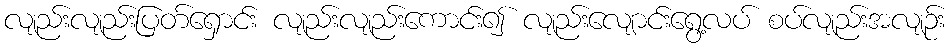
လျည်းလျည်းပြတ်ရှောင်း လျည်းလျည်းကောင်း၍ လျည်းလျောင်းရွေ့လပ် စပ်လျည်းအလျဉ်း